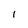
Character: I